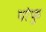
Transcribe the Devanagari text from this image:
पोफु